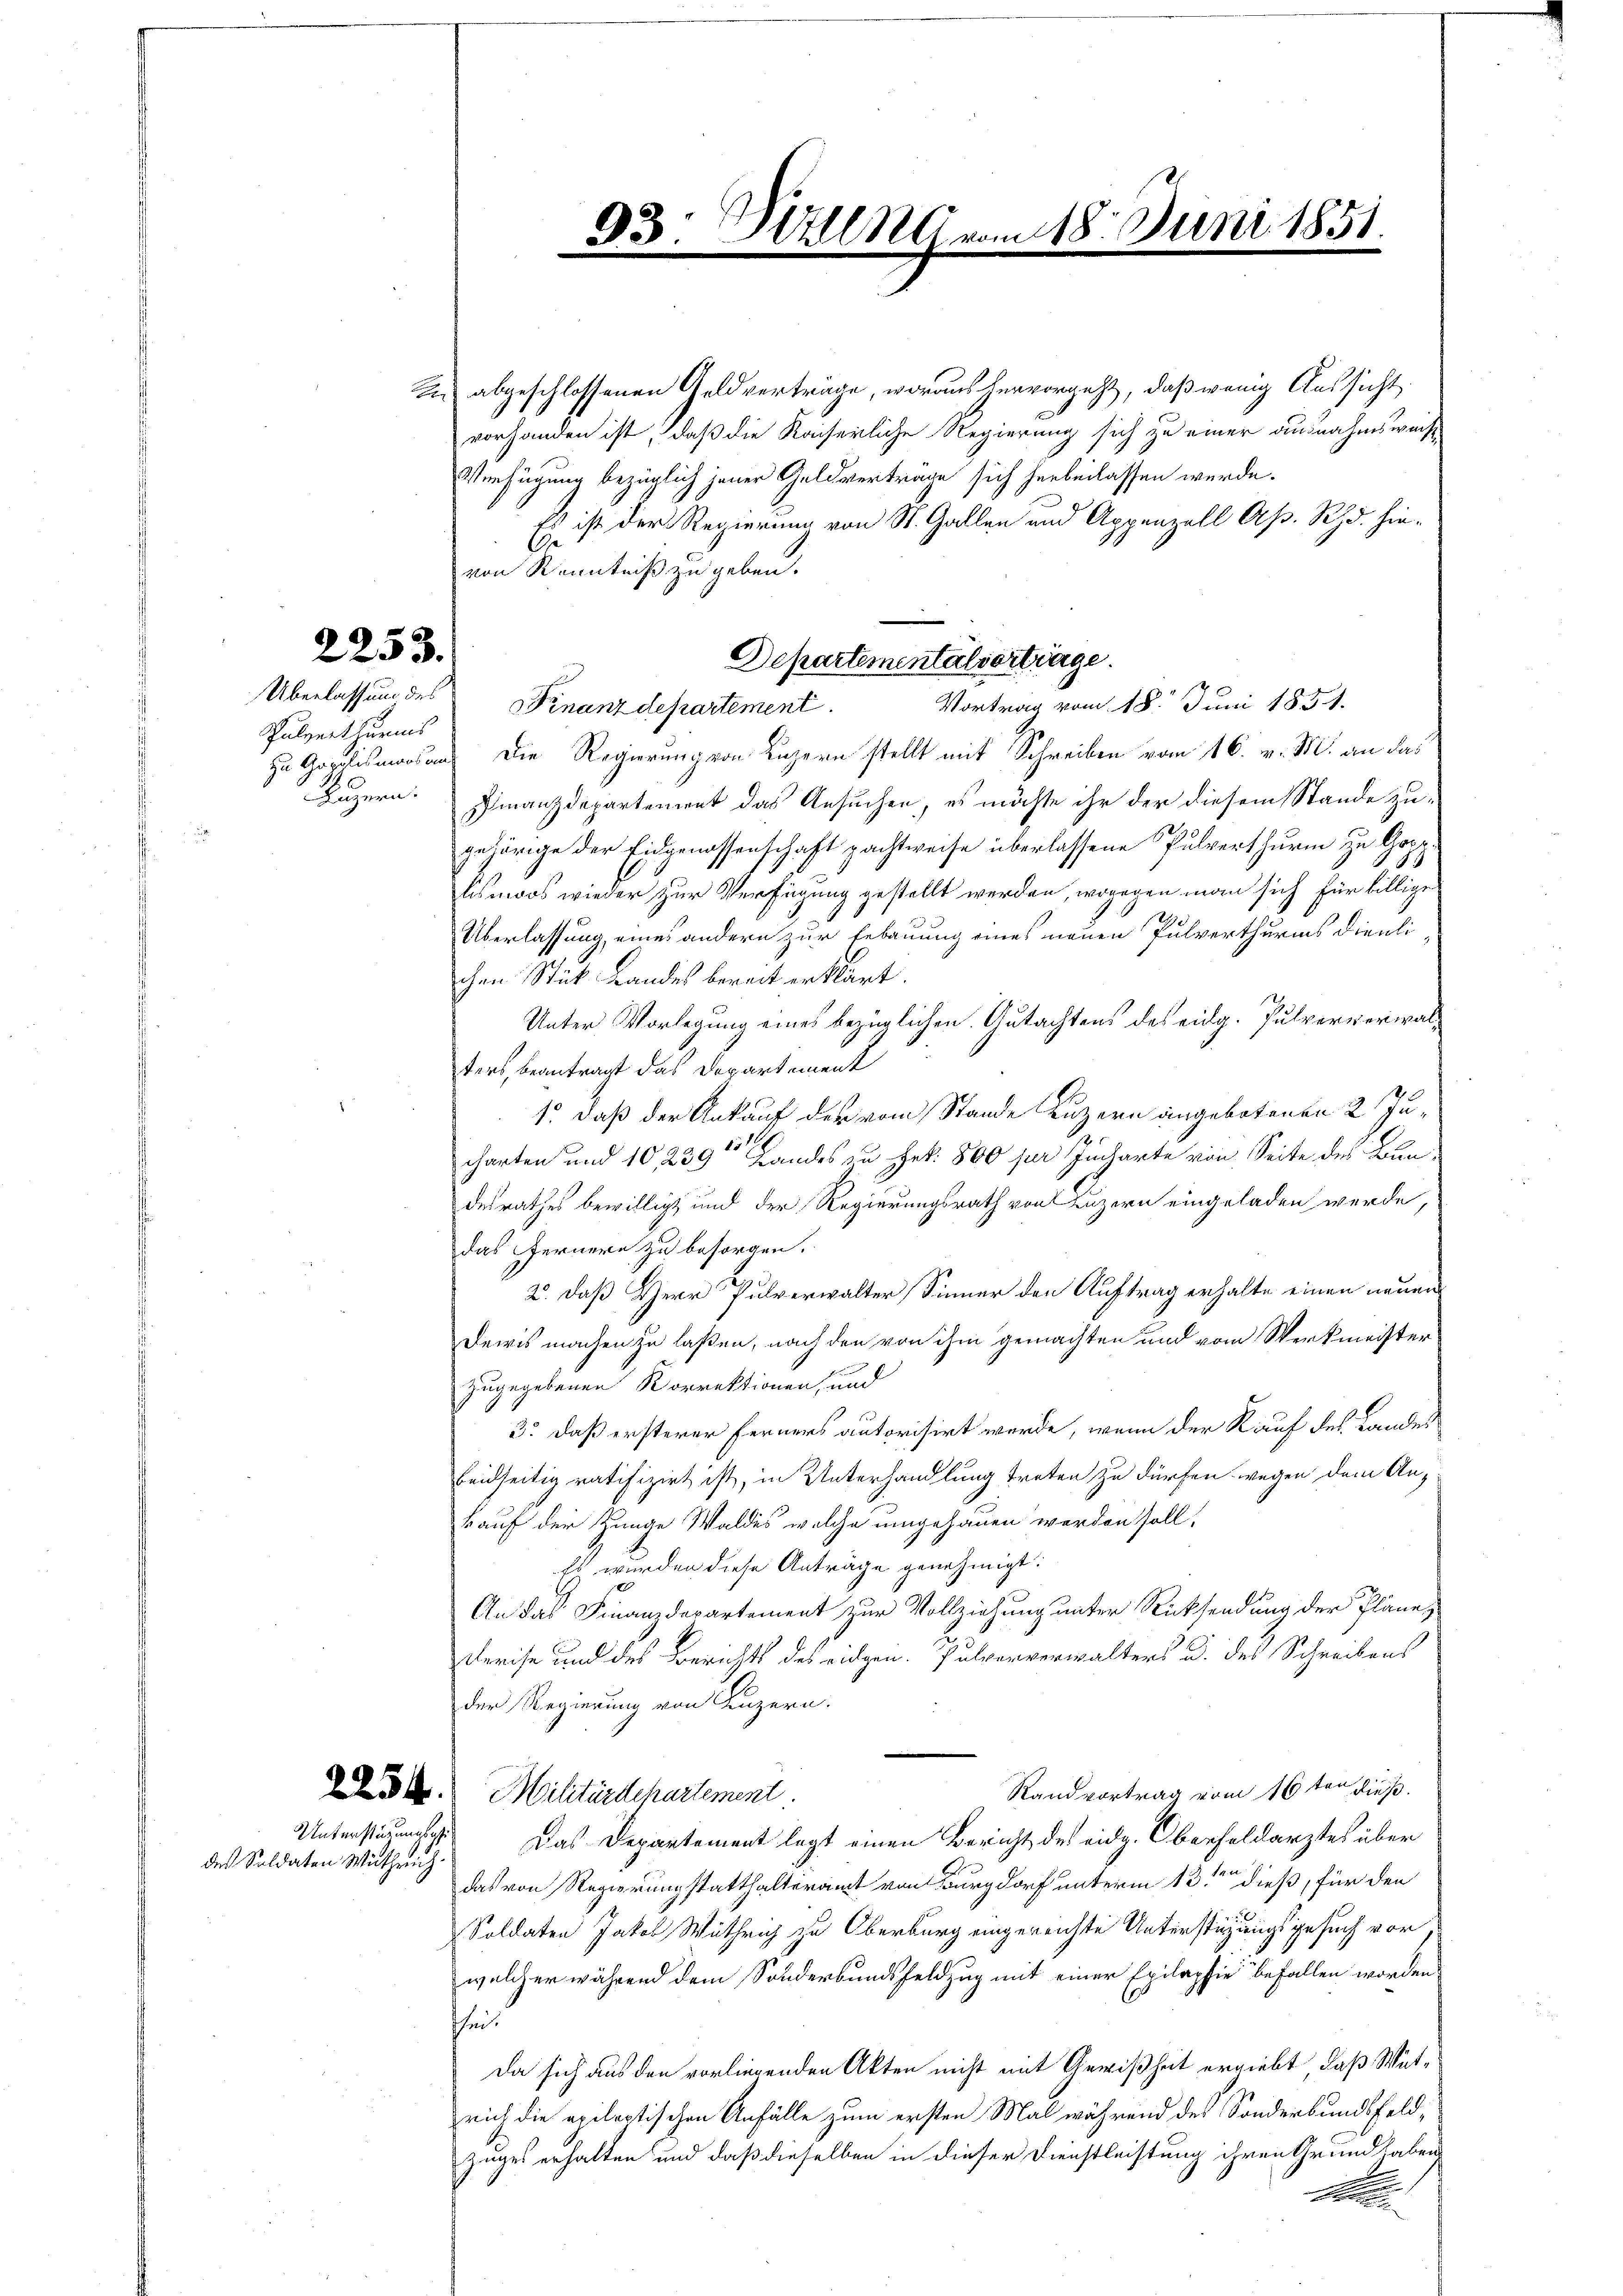
Sulverthurms

2253.

Des abgeschlossenen Geldverträge, woraus hervorgeht, daß wenig Aussicht
vorhanden ist, daß die Kaiserliche Regierung sich zu einer ausnahmsweis
Verfügung bezüglich jener Geldvertrage sich herbeilassen werde.
Es ist der Regierung von St. Gallen und Appenzell Ap. Rh. hin¬
Ge
von Kenntniß zu geben.
Überlassung des Finanzdepartement.
Vortrag vom 18. Juni 1854.
zu Goplismars aus die Regierung von Luzern stellt mit Schreiben vom 16. v. M. an das
Luzern. Finanzdepartement das Ansuchen, es möchte ihr der diesem Stande zugehörige der Eidgenossenschaft pachtweise überlassene Pulverthurm zu Gopp.
lsmoos wieder zur Verfügung gestellt werden, wogegen man sich für billige
Überlassung, eines andern zur Erbauung eines neuen Pulverthurms dienli-
chen Stück Landes bereit erklärt.
Unter Vorlegung eines bezüglichen Gutachtens des eidg. Pulververwalters, beantragt das Departement
1. daß der Ankauf der vom Stande Luzern angebotenen 2 Jucharten und 10, 239 fandes zu Frk. 800 per Jugarte von Seite des Bundesrathes bewilligt und der Regierungsrath von Luzern eingeladen werde,
das Fernere zu besorgen.
2. daß Herr Pulverwalter Sinner den Auftrag erhalte einen neuen
Dewis machen zu laßen, nach den von ihm gemachten und vom Werkmeister
zugegebenen Korrektionen, und
3. daß ersterer Ferners autorisirt werde, wenn der Kauf des Landes
beidseitig ratifizirt ist, in Unterhandlung treten zu dürfen wegen dem Ankauf der Zunge Waldes welche umgehauen werden soll,
Es wurden diese Anträge genehmigt.
An das Finanzdepartement zur Vollziehung unter Rücksendung der Pläne,
Dreise und des Berichts des eidgen. Pulververwalters u. des Schreibens
der Regierung von Luzern.
Randvortrag vom 16ten dieß.
23. Militärdepartement.
Das Departement legt einen Bericht des eidg. Oberfeldarztes über
das von Regierungstatthalteramt von Burgdorf unterm 13ten dieß, für den
Soldaten Jakob Wüthrich zu Oberburg eingereichte Unterstüzungsgesuch vor
welcher während dem Sonderbundsfeldzug mit einer Epilaphie befallen worden
chen.
Da sich aus den vorliegenden Akten nicht mit Gewißheit ergiebt, daß Wüteich die epileptischen Anfälle zum ersten Mal während des Sonderbundsfeld¬
Zuges erhalten und daß dieselben in dieser Dienstleistung ihren Grund haben
b
Se

Unterstüzungsa
des Soldaten Witherich.

33. Brill Mar
e

Departementalvortrage.

m 18. Juni 1851.
e
m